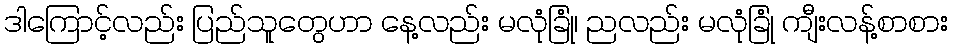
ဒါကြောင့်လည်း ပြည်သူတွေဟာ နေ့လည်း မလုံခြုံ၊ ညလည်း မလုံခြုံ ကျီးလန့်စာစား